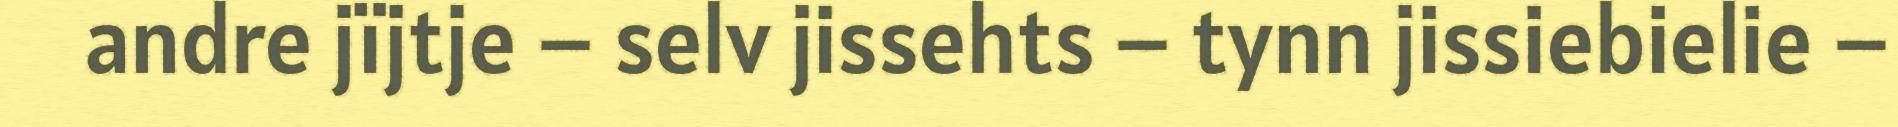
andre jïjtje – selv jissehts – tynn jissiebielie –